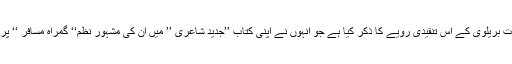
اس کے بعد انہوں نے ڈاکٹر عبادت بریلوی کے اس تنقیدی رویے کا ذکر کیا ہے جو انہوں نے اپنی کتاب ’’جدید شاعری ’’ میں ان کی مشہور نظم‘‘ گمراہ مسافر ‘‘ پر تنقید کرتے ہوئے اختیار کیا تھا۔